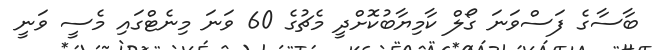
ބާސާގެ ފަސްވަނަ ގޯލް ކާމިޔާބުކޮށްދީ މެޗުގެ 60 ވަނަ މިނެޓްގައި މެސީ ވަނީ